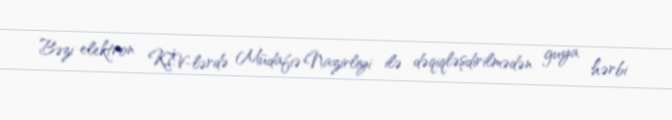
Bəzi elektron KİV-lərdə Müdafiə Nazirliyi ilə dəqiqləşdirilmədən guya hərbi